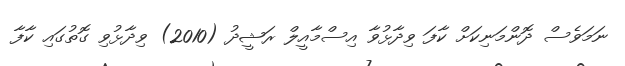
ނަމަވެސް ދޮންމަނިކަށް ކާފަ ވިދާޅުވާ އިސްމާއީލް ރަޝީދު (2010) ވިދާޅުވި ގޮތުގައި ކާފާ